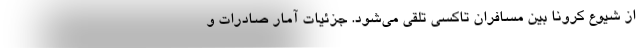
از شیوع کرونا بین مسافران تاکسی تلقی می‌شود. جزئیات آمار صادرات و